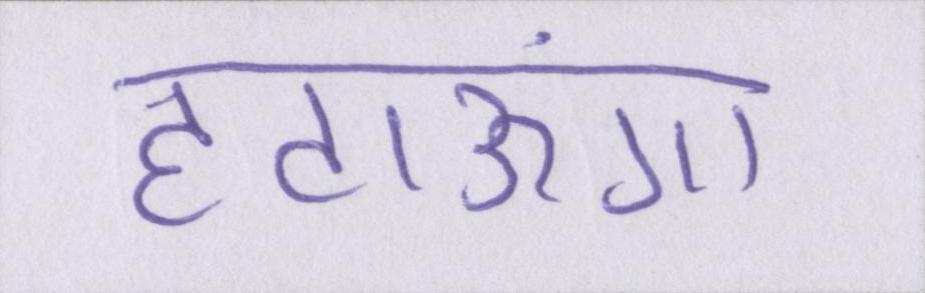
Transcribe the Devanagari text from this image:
हटाऊंगा